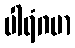
ပါရံဂမာ